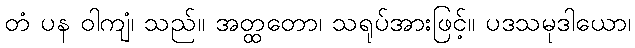
တံ ပန ဝါကျံ၊ သည်။ အတ္ထတော၊ သရုပ်အားဖြင့်။ ပဒသမုဒါယော၊